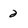
Character: 2